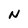
Character: N